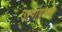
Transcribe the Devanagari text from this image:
उत्पादतक